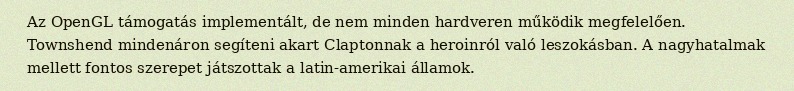
Az OpenGL támogatás implementált, de nem minden hardveren működik megfelelően. Townshend mindenáron segíteni akart Claptonnak a heroinról való leszokásban. A nagyhatalmak mellett fontos szerepet játszottak a latin-amerikai államok.